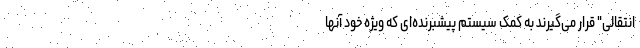
انتقالی" قرار می‌گیرند به کمک سیستم پیشبرنده‌ای که ویژه‌ خود آنها